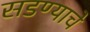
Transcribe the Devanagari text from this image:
सडण्याचे